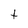
Character: t